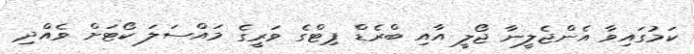
ކަމުގައިވާ އެންޖެލީނާ ޖޯލީ އާއި ބްރެޑް ޕިޓްގެ ވަރީގެ މައްސަލަ ކޯޓަށް ވެއްދި